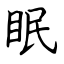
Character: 眠